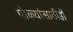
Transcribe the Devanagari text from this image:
पोळ्यांसाठीही